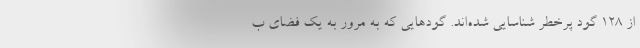
از ۱۲۸ گود پرخطر شناسایی شده‌اند. گودهایی که به مرور به یک فضای ب